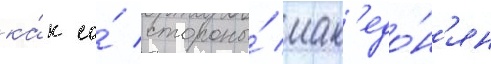
ка́к со́ стороны́ мак'едо́н'ян